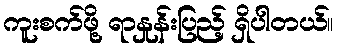
ကူးစက်ဖို့ ရာနှုန်းပြည့် ရှိပါတယ်။